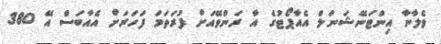
ވެލާނާ އިންޓަނޭޝަނަލް އެއާޕޯޓުގެ އާ ރަންވޭއަށް ފުރަތަމަ ފަހަރަށް އެއާބަސް އޭ 380